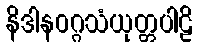
နိဒါနဝဂ္ဂသံယုတ္တပါဠိ